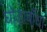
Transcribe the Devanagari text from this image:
घोड़ाबाँधा